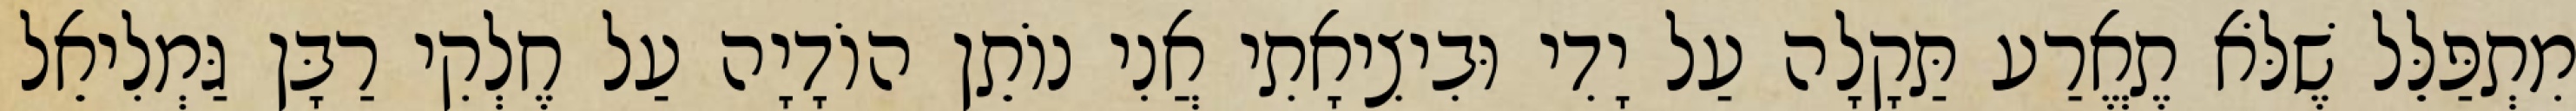
מִתְפַּלֵּל שֶׁלֹּא תֶאֱרַע תַּקָלָה עַל יָדִי וּבִיצִיאָתִי אֲנִי נוֹתֵן הוֹדָיָה עַל חֶלְקִי רַבָּן גַּמְלִיאֵל